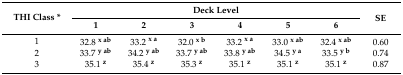
<table><thead><tr><td rowspan="2"><b>THI Class *</b></td><td colspan="6"><b>Deck Level</b></td><td rowspan="2"><b>SE</b></td></tr><tr><td><b>1</b></td><td><b>2</b></td><td><b>3</b></td><td><b>4</b></td><td><b>5</b></td><td><b>6</b></td></tr></thead><tbody><tr><td>1</td><td>32.8 <b><sup>x ab</sup></b></td><td>33.2 <b><sup>x a</sup></b></td><td>32.0 <b><sup>x b</sup></b></td><td>33.2 <b><sup>x a</sup></b></td><td>33.0 <b><sup>x ab</sup></b></td><td>32.4 <b><sup>x ab</sup></b></td><td>0.60</td></tr><tr><td>2</td><td>33.7 <b><sup>y ab</sup></b></td><td>34.2 <b><sup>y ab</sup></b></td><td>33.7 <b><sup>y ab</sup></b></td><td>33.8 <b><sup>y ab</sup></b></td><td>34.5 <b><sup>y a</sup></b></td><td>33.5 <b><sup>y b</sup></b></td><td>0.74</td></tr><tr><td>3</td><td>35.1 <b><sup>z</sup></b></td><td>35.4 <b><sup>z</sup></b></td><td>35.3 <b><sup>z</sup></b></td><td>35.1 <b><sup>z</sup></b></td><td>35.1 <b><sup>z</sup></b></td><td>35.1 <b><sup>z</sup></b></td><td>0.87</td></tr></tbody></table>